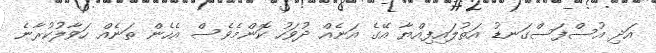
އަދި އުސްފަސްގަނޑު އަތުލައިފިއްޔާ އޭގެ އަނެއް ދުވަހު ކޮންމެވެސް އެހެން ތަނެއް ހަވާލުކުރާނެ